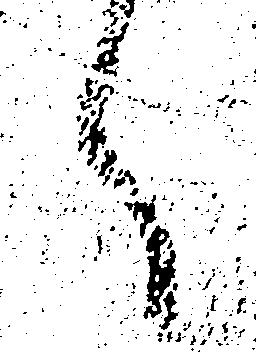
へ